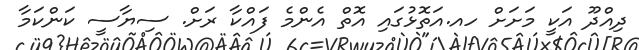
ދިއްދޫ އަކީ މަށަށް ހއ.އަތޮޅުގައި އޮތް އެންމެ ފައްކާ ރަށް. ސިޔާސީ ކަންކަމާ